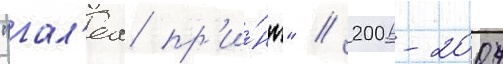
"гал'еа пр'и́нт" / 2006-2007